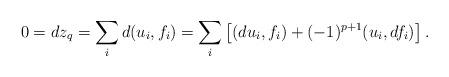
LaTeX: \begin{align*}0 = dz_{q} &= \sum_{i}d(u_{i}, f_{i}) = \sum_{i}\left[ (du_{i}, f_{i}) + (-1)^{p+1}(u_{i}, df_{i}) \right].\end{align*}